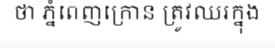
ថា ភ្នំពេញក្រោន ត្រូវឈរក្នុង